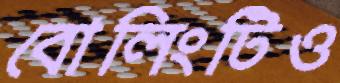
বোলিংটিও